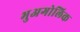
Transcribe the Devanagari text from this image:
भुअगोलिक